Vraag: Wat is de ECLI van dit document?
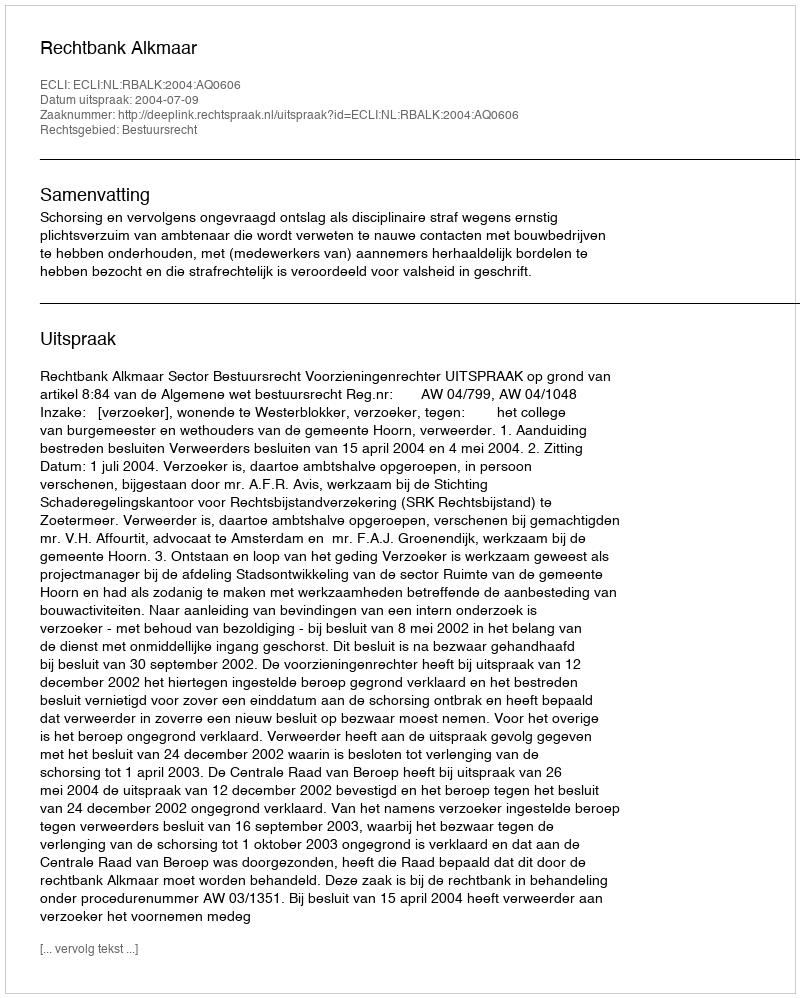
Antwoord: ECLI:NL:RBALK:2004:AQ0606